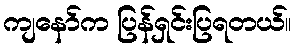
ကျနော်က ပြန်ရှင်းပြရတယ်။